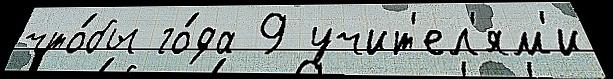
что́бы го́да 9 учит'ел'ям'и